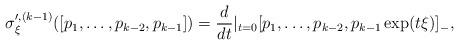
LaTeX: \begin{align*}\sigma_{\xi}^{\prime, (k-1)}([p_1, \ldots, p_{k-2}, p_{k-1}]) = \frac{d}{dt}|_{t=0} [p_1, \ldots, p_{k-2}, p_{k-1}\exp(t\xi)]_-,\end{align*}